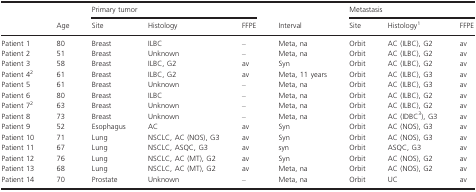
<table><thead><tr><td></td><td></td><td colspan="3"><b>Primary tumor</b></td><td></td><td colspan="3"><b>Metastasis</b></td></tr><tr><td></td><td><b>Age</b></td><td><b>Site</b></td><td><b>Histology</b></td><td><b>FFPE</b></td><td><b>Interval</b></td><td><b>Site</b></td><td><b>Histology1</b></td><td><b>FFPE</b></td></tr></thead><tbody><tr><td>Patient 1</td><td>80</td><td>Breast</td><td>ILBC</td><td>–</td><td>Meta, na</td><td>Orbit</td><td>AC (ILBC), G2</td><td>av</td></tr><tr><td>Patient 2</td><td>51</td><td>Breast</td><td>Unknown</td><td>–</td><td>Meta, na</td><td>Orbit</td><td>AC (ILBC), G2</td><td>av</td></tr><tr><td>Patient 3</td><td>58</td><td>Breast</td><td>ILBC, G2</td><td>av</td><td>Syn</td><td>Orbit</td><td>AC (ILBC), G2</td><td>av</td></tr><tr><td>Patient 42</td><td>61</td><td>Breast</td><td>ILBC, G2</td><td>av</td><td>Meta, 11 years</td><td>Orbit</td><td>AC (ILBC), G3</td><td>av</td></tr><tr><td>Patient 5</td><td>61</td><td>Breast</td><td>Unknown</td><td>–</td><td>Meta, na</td><td>Orbit</td><td>AC (ILBC), G3</td><td>av</td></tr><tr><td>Patient 6</td><td>80</td><td>Breast</td><td>ILBC</td><td>–</td><td>Meta, na</td><td>Orbit</td><td>AC (ILBC), G2</td><td>av</td></tr><tr><td>Patient 72</td><td>63</td><td>Breast</td><td>Unknown</td><td>–</td><td>Meta, na</td><td>Orbit</td><td>AC (ILBC), G2</td><td>av</td></tr><tr><td>Patient 8</td><td>73</td><td>Breast</td><td>Unknown</td><td>–</td><td>Meta, na</td><td>Orbit</td><td>AC (IDBC3), G3</td><td>av</td></tr><tr><td>Patient 9</td><td>52</td><td>Esophagus</td><td>AC</td><td>av</td><td>Syn</td><td>Orbit</td><td>AC (NOS), G3</td><td>av</td></tr><tr><td>Patient 10</td><td>71</td><td>Lung</td><td>NSCLC, AC (NOS), G3</td><td>av</td><td>Syn</td><td>Orbit</td><td>AC (NOS), G3</td><td>av</td></tr><tr><td>Patient 11</td><td>67</td><td>Lung</td><td>NSCLC, ASQC, G3</td><td>av</td><td>syn</td><td>Orbit</td><td>ASQC, G3</td><td>av</td></tr><tr><td>Patient 12</td><td>76</td><td>Lung</td><td>NSCLC, AC (MT), G2</td><td>av</td><td>Syn</td><td>Orbit</td><td>AC (NOS), G2</td><td>av</td></tr><tr><td>Patient 13</td><td>68</td><td>Lung</td><td>NSCLC, AC (MT), G2</td><td>av</td><td>Meta, na</td><td>Orbit</td><td>AC (NOS), G2</td><td>av</td></tr><tr><td>Patient 14</td><td>70</td><td>Prostate</td><td>Unknown</td><td>–</td><td>Meta, na</td><td>Orbit</td><td>UC</td><td>av</td></tr></tbody></table>